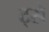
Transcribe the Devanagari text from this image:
ट्से